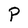
Character: P